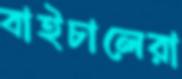
বাইচালেরা